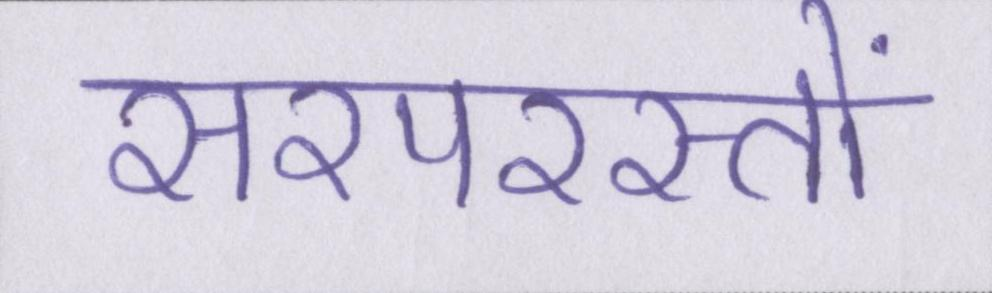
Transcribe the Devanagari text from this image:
सरपरस्तों